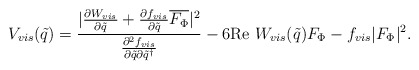
\begin{align*}V_{vis}(\tilde{q}) = \frac{| \frac{\partial W_{vis}}{\partial \tilde{q}} + \frac{\partial f_{vis}}{\partial \tilde{q}}\overline{F_{\Phi}}|^2}{\frac{\partial^2 f_{vis}}{\partial \tilde{q} \partial \tilde{q}^\dagger}} - 6 {\rm Re}~ W_{vis}(\tilde{q})F_{\Phi} -f_{vis} |F_\Phi|^2.\end{align*}